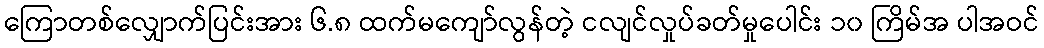
ကြောတစ်လျှောက်ပြင်းအား ၆.၈ ထက်မကျော်လွန်တဲ့ ငလျင်လှုပ်ခတ်မှုပေါင်း ၁၀ ကြိမ်အ ပါအဝင်